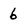
Character: 6